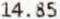
14.85